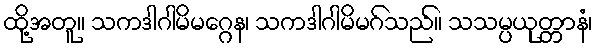
ထို့အတူ။ သကဒါဂါမိမဂ္ဂေန၊ သကဒါဂါမိမဂ်သည်။ သသမ္ပယုတ္တာနံ၊